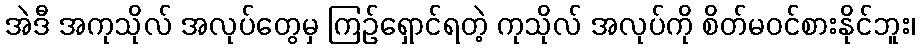
အဲဒီ အကုသိုလ် အလုပ်တွေမှ ကြဉ်ရှောင်ရတဲ့ ကုသိုလ် အလုပ်ကို စိတ်မဝင်စားနိုင်ဘူး၊